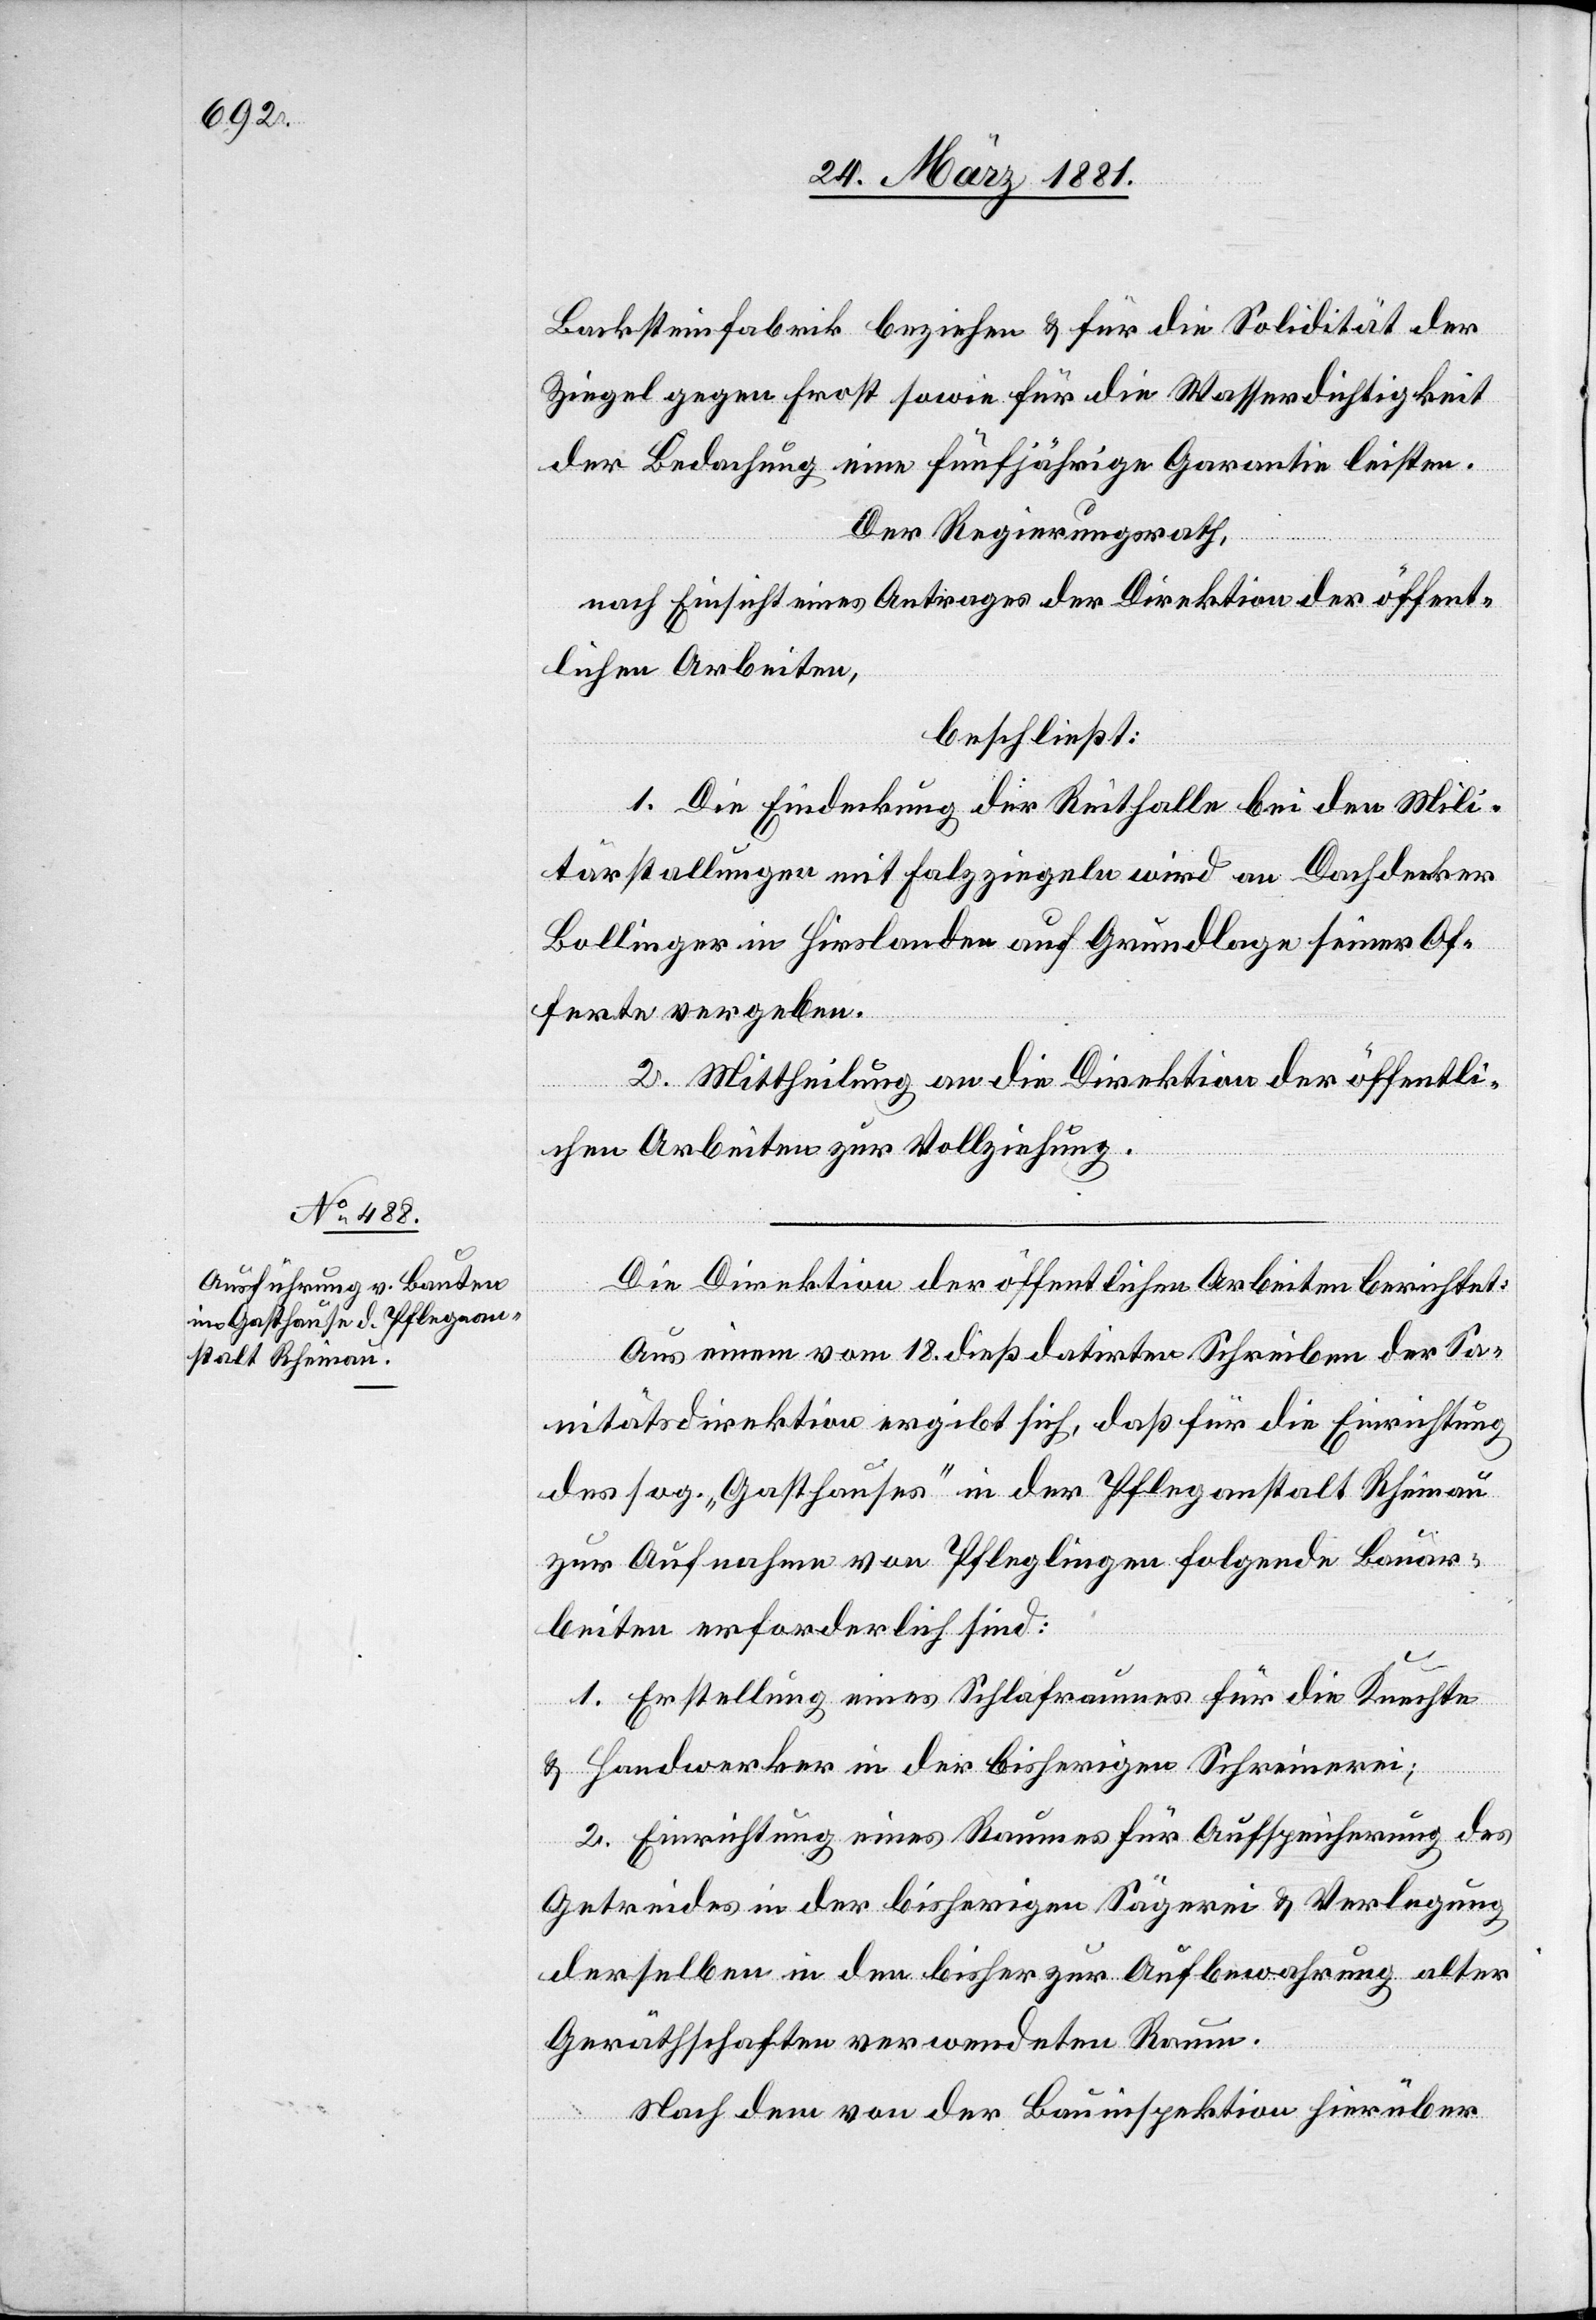
Backsteinfabrik beziehen & für die Solidität der
Ziegel gegen Frost sowie für die Wasserdichtigkeit
der Bedachung eine fünfjährige Garantie leisten.
Der Regierungsrath,
nach Einsicht eines Antrages der Direktion der öffent¬
lichen Arbeiten,
beschließt:
1. Die Eindeckung der Reithalle bei den Mili¬
tärstallungen mit Falzziegeln wird an Dachdecker
Bollinger in Hirslanden auf Grundlage seiner Of¬
ferte vergeben.
2. Mittheilung an die Direktion der öffentli¬
chen Arbeiten zur Vollziehung.
Die Direktion der öffentlichen Arbeiten berichtet:
Aus einem vom 18. dieß datirten Schreiben der Sa¬
nitätsdirektion ergibt sich, daß für die Einrichtung
des sog. „Gasthauses“ in der Pflegeanstalt Rheinau
zur Aufnahme von Pfleglingen folgende Bauar¬
beiten erforderlich sind:
1. Erstellung eines Schlafraumes für die Knechte
& Handwerker in der bisherigen Schreinerei;
2. Einrichtung eines Raumes für Aufspeicherung des
Getreides in der bisherigen Sägerei & Verlegung
derselben in den bisher zur Aufbewahrung alter
Geräthschaften verwendeten Raum.
Nach dem von der Bauinspektion hierüber